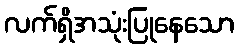
လက်ရှိအသုံးပြုနေသော